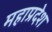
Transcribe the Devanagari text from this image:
महाप्रदेश